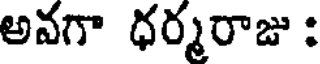
అవగా ధర్మరాజు :